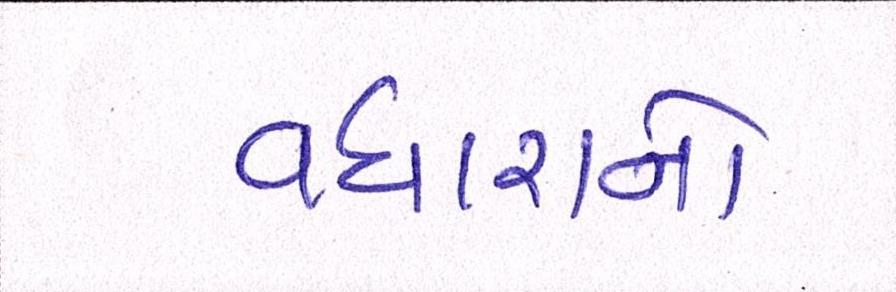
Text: વધારાનો